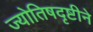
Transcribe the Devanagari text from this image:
ज्योतिषदृष्टीने